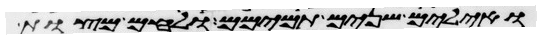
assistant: ואילים שנים תמימם ולחם מצות